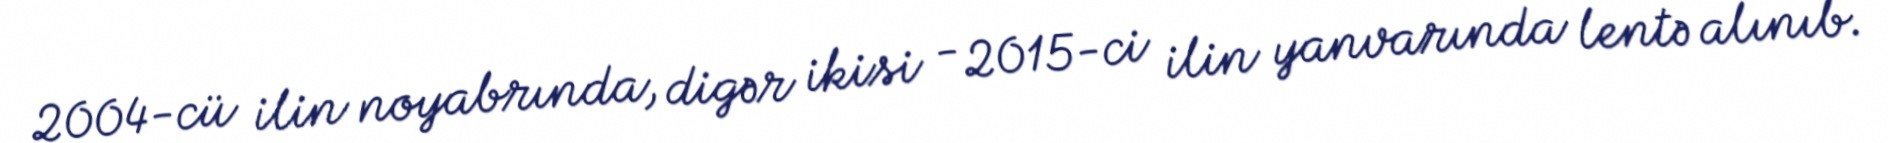
2004-cü ilin noyabrında, digər ikisi - 2015-ci ilin yanvarında lentə alınıb.